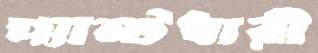
প্যান্টধারী